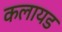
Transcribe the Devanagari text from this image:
कलायड